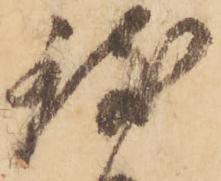
致